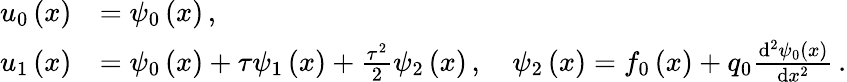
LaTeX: \begin{array}{rl}{{u}_{0}\left(x\right)}&{={\psi}_{0}\left(x\right)\, ,}\\ {{u}_{1}\left(x\right)}&{={\psi}_{0}\left(x\right)+{\tau}{\psi}_{1}\left(x\right)+\frac{{\tau}^{2}}{2}{\psi}_{2}\left(x\right)\, ,\quad{\psi}_{2}\left(x\right)={f}_{0}\left(x\right)+{q}_{0}\frac{\mathrm{d}^{2}{\psi}_{0}\left(x\right)}{\mathrm{d}{x}^{2}}\, .}\end{array}